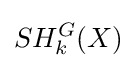
SH_{k}^{G}(X)